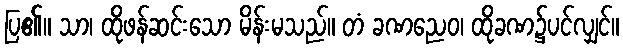
ပြ၏။ သာ၊ ထိုဖန်ဆင်းသော မိန်းမသည်။ တံ ခဏညေဝ၊ ထိုခဏ၌ပင်လျှင်။